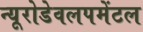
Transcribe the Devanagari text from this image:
न्यूरोडेवलपमेंटल